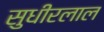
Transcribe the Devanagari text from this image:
सुधीरलाल